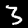
Digit: 3